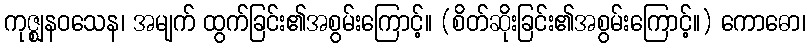
ကုဇ္ဈနဝသေန၊ အမျက် ထွက်ခြင်း၏အစွမ်းကြောင့်။ (စိတ်ဆိုးခြင်း၏အစွမ်းကြောင့်။) ကောဓော၊